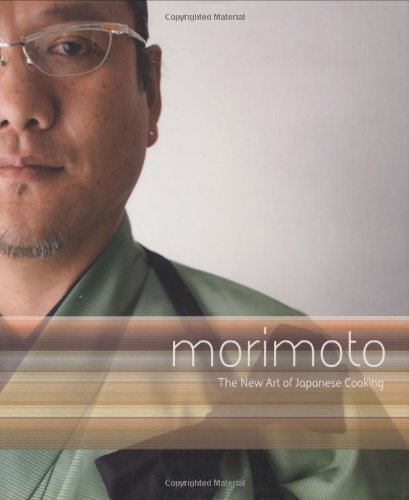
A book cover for Morimoto: The New Art of Japanese Cooking; Masaharu Morimoto; Cookbooks, Food & Wine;